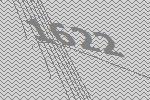
1622